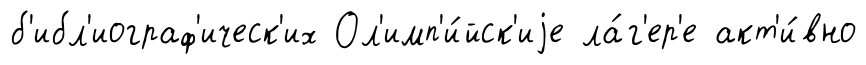
б'ибл'иограф'ическ'их Ол'имп'и́йск'иjе ла́г'ер'е акт'и́вно